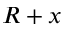
R + x